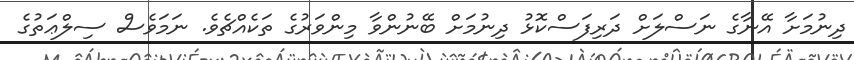
ދިނުމަށާ އޭނާގެ ނަސްލަށް ދަރިފަސްކޮޅު ދިނުމަށް ބޭނުންވާ މިންވަރުގެ ތަކެއްޗެވެ. ނަމަވެސް ސިލްޢަތުގެ